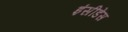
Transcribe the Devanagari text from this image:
इंसीडेंस